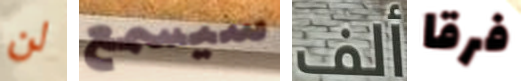
لن سيسمع ألف فرقا